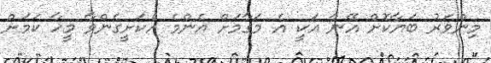
މިންވަރު ބަޔާކޮށް އޭނާ އަކީ އެ މަގާމަށް އެންމެ އެކަށީގެންވާ މީހާ ކަމަށް